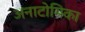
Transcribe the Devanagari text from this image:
अनाटोमिका